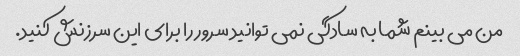
من می بینم شما به سادگی نمی توانید سرور را برای این سرزنش کنید.